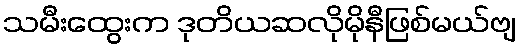
သမီးထွေးက ဒုတိယဆလိုမိုနီဖြစ်မယ်ဗျ